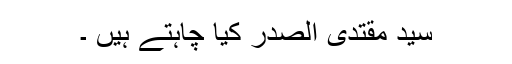
سید مقتدی الصدر کیا چاہتے ہیں ۔